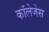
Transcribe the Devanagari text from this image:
काॅलेजेस